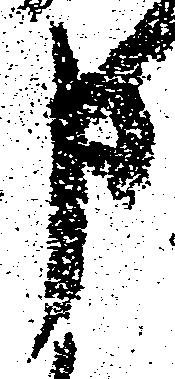
申